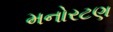
મનોરટણ